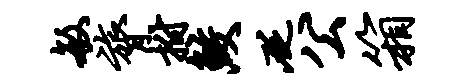
敏膂拊鲛砭公箱